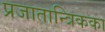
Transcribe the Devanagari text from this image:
प्रजातान्त्रिकका